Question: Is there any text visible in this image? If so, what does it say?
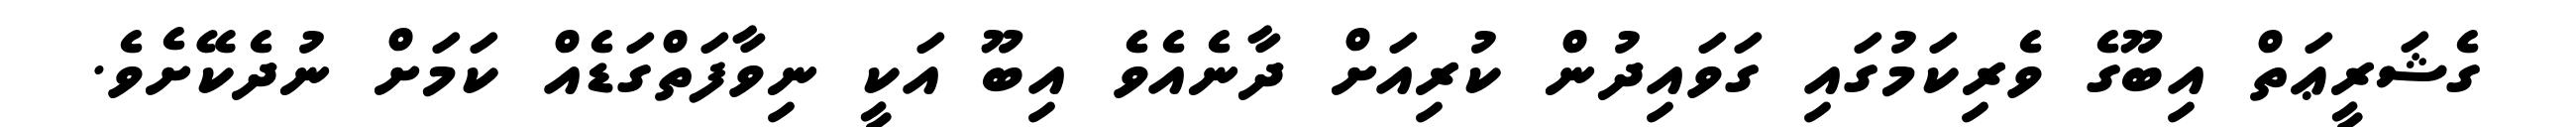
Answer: ގެޝަރީޢަތް އިބޫގެ ވެރިކަމުގައި ގަވައިދުން ކުރިއަށް ދާނެއެވެ އިބޫ އަކީ ނިވާފަތްގަޑެއް ކަމަށް ނުދެކޭށެވެ.